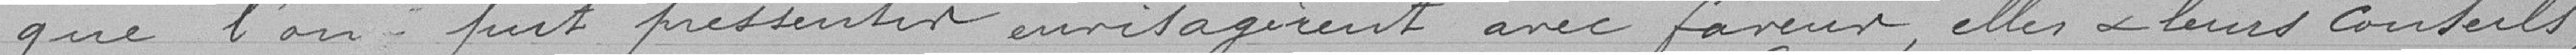
que l'on peut pressentir envisagèrent avec faveur, elles et leurs conseils,